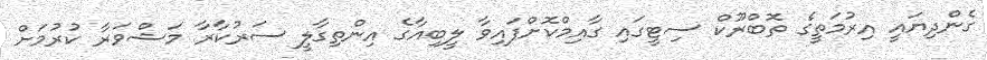
ގެންދިޔައީ އިރުމަތީގެ ތޮބްރޫކް ސިޓީގައި ގާއިމްކޮށްފައިވާ ލީބިއާގެ އިންތިގާލީ ސަރުކާރާ މަޝްވަރާ ކުރުމަށް